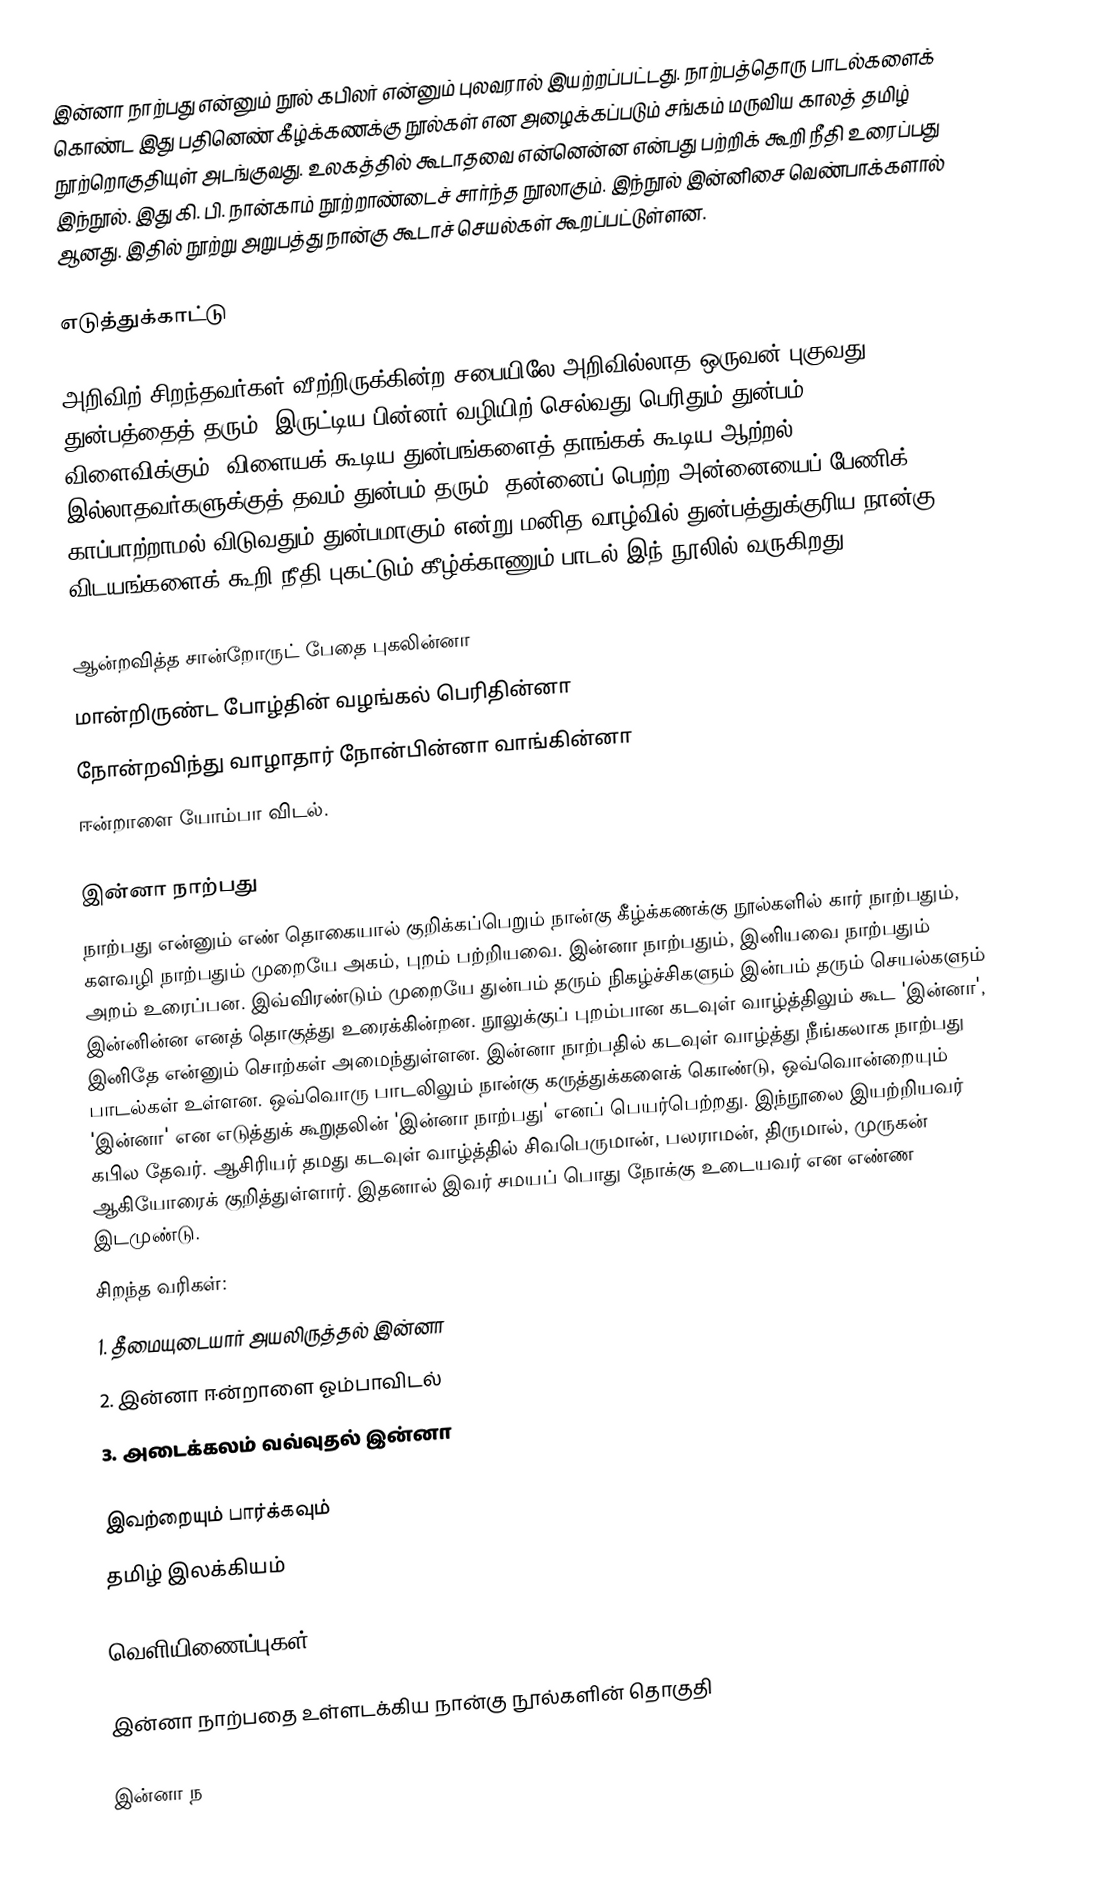
இன்னா நாற்பது என்னும் நூல் கபிலர் என்னும் புலவரால் இயற்றப்பட்டது. நாற்பத்தொரு பாடல்களைக் கொண்ட இது பதினெண் கீழ்க்கணக்கு நூல்கள் என அழைக்கப்படும் சங்கம் மருவிய காலத் தமிழ் நூற்றொகுதியுள் அடங்குவது. உலகத்தில் கூடாதவை என்னென்ன என்பது பற்றிக் கூறி நீதி உரைப்பது இந்நூல். இது கி. பி. நான்காம் நூற்றாண்டைச் சார்ந்த நூலாகும். இந்நூல் இன்னிசை வெண்பாக்களால் ஆனது. இதில் நூற்று அறுபத்து நான்கு கூடாச் செயல்கள் கூறப்பட்டுள்ளன.

எடுத்துக்காட்டு

அறிவிற் சிறந்தவர்கள் வீற்றிருக்கின்ற சபையிலே அறிவில்லாத ஒருவன் புகுவது துன்பத்தைத் தரும். இருட்டிய பின்னர் வழியிற் செல்வது பெரிதும் துன்பம் விளைவிக்கும். விளையக் கூடிய துன்பங்களைத் தாங்கக் கூடிய ஆற்றல் இல்லாதவர்களுக்குத் தவம் துன்பம் தரும். தன்னைப் பெற்ற அன்னையைப் பேணிக் காப்பாற்றாமல் விடுவதும் துன்பமாகும் என்று மனித வாழ்வில் துன்பத்துக்குரிய நான்கு விடயங்களைக் கூறி நீதி புகட்டும் கீழ்க்காணும் பாடல் இந் நூலில் வருகிறது.

 ஆன்றவித்த சான்றோருட் பேதை புகலின்னா
 மான்றிருண்ட போழ்தின் வழங்கல் பெரிதின்னா
 நோன்றவிந்து வாழாதார் நோன்பின்னா வாங்கின்னா
 ஈன்றாளை யோம்பா விடல்.

இன்னா நாற்பது
நாற்பது என்னும் எண் தொகையால் குறிக்கப்பெறும் நான்கு கீழ்க்கணக்கு நூல்களில் கார் நாற்பதும், களவழி நாற்பதும் முறையே அகம், புறம் பற்றியவை. இன்னா நாற்பதும், இனியவை நாற்பதும் அறம் உரைப்பன. இவ்விரண்டும் முறையே துன்பம் தரும் நிகழ்ச்சிகளும் இன்பம் தரும் செயல்களும் இன்னின்ன எனத் தொகுத்து உரைக்கின்றன. நூலுக்குப் புறம்பான கடவுள் வாழ்த்திலும் கூட 'இன்னா', இனிதே என்னும் சொற்கள் அமைந்துள்ளன. இன்னா நாற்பதில் கடவுள் வாழ்த்து நீங்கலாக நாற்பது பாடல்கள் உள்ளன. ஒவ்வொரு பாடலிலும் நான்கு கருத்துக்களைக் கொண்டு, ஒவ்வொன்றையும் 'இன்னா' என எடுத்துக் கூறுதலின் 'இன்னா நாற்பது' எனப் பெயர்பெற்றது. இந்நூலை இயற்றியவர் கபில தேவர். ஆசிரியர் தமது கடவுள் வாழ்த்தில் சிவபெருமான், பலராமன், திருமால், முருகன் ஆகியோரைக் குறித்துள்ளார். இதனால் இவர் சமயப் பொது நோக்கு உடையவர் என எண்ண இடமுண்டு.
சிறந்த வரிகள்:
1. தீமையுடையார் அயலிருத்தல் இன்னா
2. இன்னா ஈன்றாளை ஓம்பாவிடல்
3. அடைக்கலம் வவ்வுதல் இன்னா

இவற்றையும் பார்க்கவும்
 தமிழ் இலக்கியம்

வெளியிணைப்புகள்

இன்னா நாற்பதை உள்ளடக்கிய நான்கு நூல்களின் தொகுதி

இன்னா ந